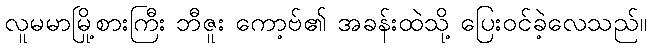
လူမမာမြို့စားကြီး ဘီဇူး ကော့ဗ်၏ အခန်းထဲသို့ ပြေးဝင်ခဲ့လေသည်။